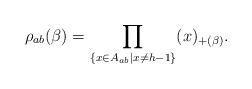
LaTeX: \begin{align*}\rho_{ab}(\beta)=\prod_{\{x\in A_{ab}|x\neq h-1\}}(x)_{+(\beta)}.\end{align*}